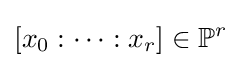
[x_{0}:\cdots :x_{r}]\in \mathbb {P} ^{r}